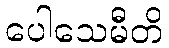
ပေါသေမီတိ